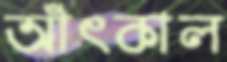
আঁৎকাল